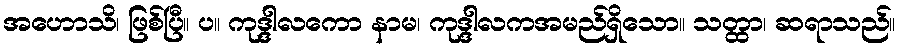
အဟောသိ၊ ဖြစ်ပြီ။ ပ။ ကုဒ္ဒါလကော နာမ၊ ကုဒ္ဒါလကအမည်ရှိသော။ သတ္ထာ၊ ဆရာသည်။